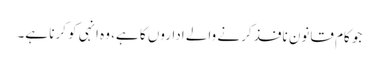
جو کام قانون نافذ کرنے والے اداروں کا ہے، وہ انہی کو کرنا ہے۔